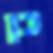
כן